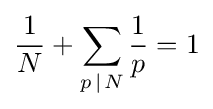
{\frac {1}{N}}+\sum _{p\,|\;\!N}{\frac {1}{p}}=1